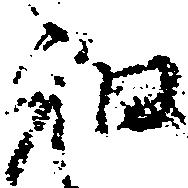
知